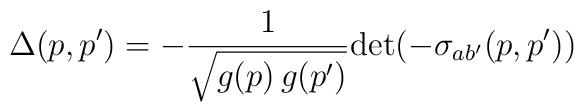
\Delta(p,p')=-\frac{1}{\sqrt{g(p)\,g(p')}}\mathrm{det}(-\sigma_{ab'}(p,p'))